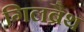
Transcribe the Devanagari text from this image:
गिलब्रैथ